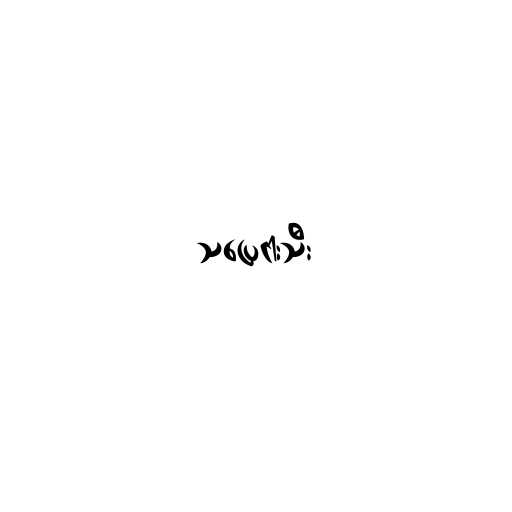
သပြေငါးသီး